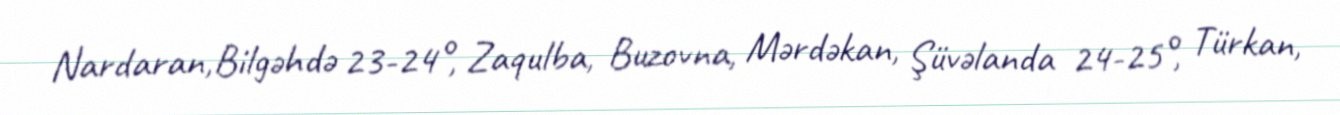
Nardaran,Bilgəhdə 23-24°, Zaqulba, Buzovna, Mərdəkan, Şüvəlanda 24-25°, Türkan,